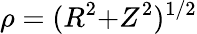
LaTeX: \rho=(R^{2}{+}Z^{2})^{1/2}